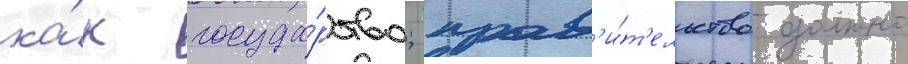
ка́к госуда́рство; прав'и́т'ельство должно